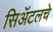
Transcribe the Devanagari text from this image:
सिॲटलचे